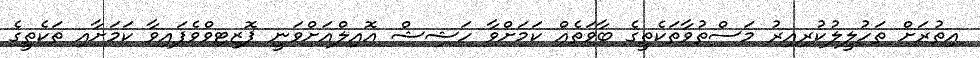
އިތުރަށް ތަހުލީލުކުރިއިރު މަސްތުވާތަކެތީގެ ބާވަތެއް ކަމަށްވާ ހަޝިޝް އޮއިލްއަށްވަނީ ޕޮޒިޓިވްވެފައިވާ ކަމަށާއި ތަކެތީގެ